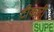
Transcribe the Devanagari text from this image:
टीकारी